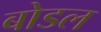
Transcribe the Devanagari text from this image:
बोडल